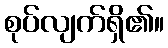
စုပ်လျက်ရှိ၏။